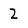
Character: 2